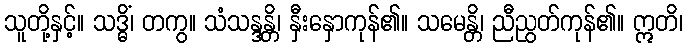
သူတို့နှင့်။ သဒ္ဓိံ၊ တကွ။ သံသန္ဒန္တိ၊ နှီးနှောကုန်၏။ သမေန္တိ၊ ညီညွတ်ကုန်၏။ ဣတိ၊